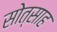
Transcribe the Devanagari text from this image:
सोत्साह